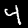
Digit: 4